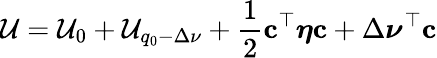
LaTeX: \mathcal{U}=\mathcal{U}_{0}+\mathcal{U}_{q_{0}-\Delta\nu}+\frac{{1}}{{2}}\mathbf{{c}}^{\top}\boldsymbol{\eta}\mathbf{{c}}+\Delta\boldsymbol\nu^{\top}\mathbf{{c}}